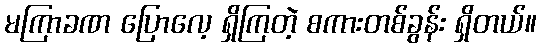
မကြာခဏ ပြောလေ့ ရှိကြတဲ့ စကားတစ်ခွန်း ရှိတယ်။